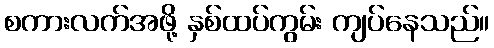
စကားလက်အဖို့ နှစ်ထပ်ကွမ်း ကျပ်နေသည်။